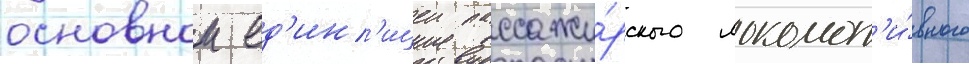
основнои ед'ин'ицеи пассажи́рского локомот'и́вного